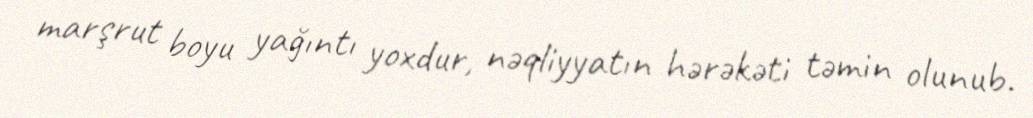
marşrut boyu yağıntı yoxdur, nəqliyyatın hərəkəti təmin olunub.